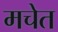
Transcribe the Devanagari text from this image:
मचेत